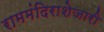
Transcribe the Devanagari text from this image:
राममंदिराशेजारी